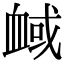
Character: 𧖻